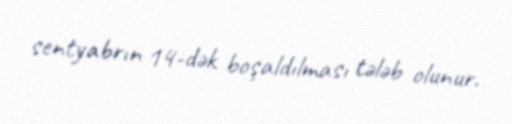
sentyabrın 14-dək boşaldılması tələb olunur.